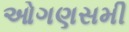
ઓગણસમી